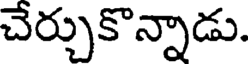
చేర్చుకొన్నాడు.